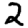
Digit: 2